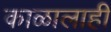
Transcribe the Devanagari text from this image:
काळालाही